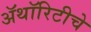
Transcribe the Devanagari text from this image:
ॲथॉरिटीचे